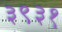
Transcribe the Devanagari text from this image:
३९३१